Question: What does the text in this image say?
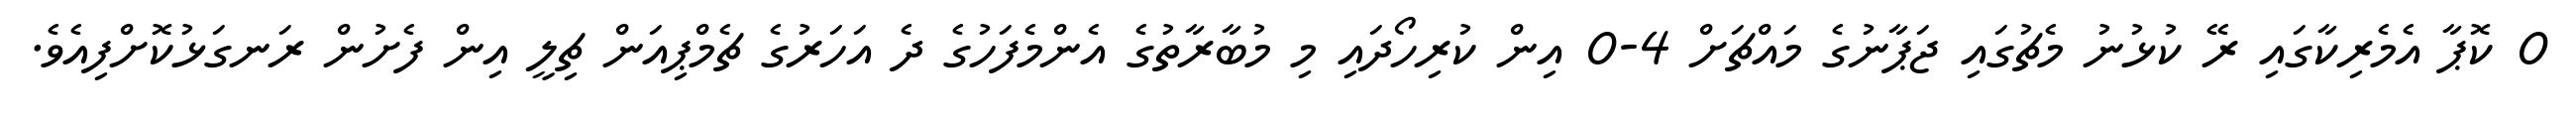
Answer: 0 ކޮޕާ އެމެރިކާގައި ރޭ ކުޅުނު މެޗުގައި ޖަޕާނުގެ މައްޗަށް 4-0 އިން ކުރިހޯދައި މި މުބާރާތުގެ އެންމެފަހުގެ ދެ އަހަރުގެ ޗެމްޕިއަން ޗިލީ އިން ފެށުން ރަނގަޅުކޮށްފިއެވެ.